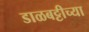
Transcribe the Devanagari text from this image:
डाळबट्टीच्या